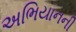
અભિયાનની